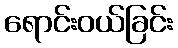
ရောင်းဝယ်ခြင်း